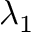
\lambda _ { 1 }